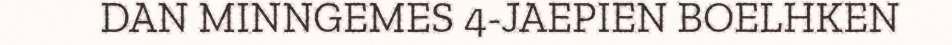
DAN MINNGEMES 4-JAEPIEN BOELHKEN